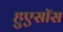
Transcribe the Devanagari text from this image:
हुएसॉस